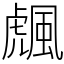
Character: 䬌